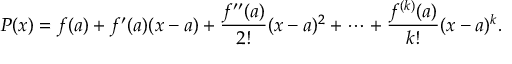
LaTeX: P ( x ) = f ( a ) + f ^ { \prime } ( a ) ( x - a ) + { \frac { f ^ { \prime \prime } ( a ) } { 2 ! } } ( x - a ) ^ { 2 } + \cdots + { \frac { f ^ { ( k ) } ( a ) } { k ! } } ( x - a ) ^ { k } .